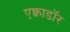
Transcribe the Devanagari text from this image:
एक्वाडॉर